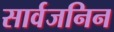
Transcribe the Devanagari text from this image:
सार्वजनिन